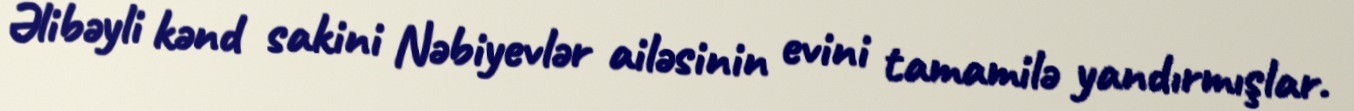
Əlibəyli kənd sakini Nəbiyevlər ailəsinin evini tamamilə yandırmışlar.